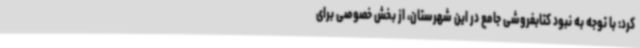
کرد: با توجه به نبود کتابفروشی جامع در این شهرستان، از بخش خصوصی برای